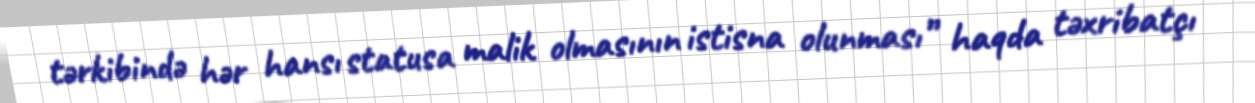
tərkibində hər hansı statusa malik olmasının istisna olunması” haqda təxribatçı